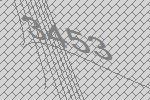
3453